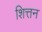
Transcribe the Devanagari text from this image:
शित्तन